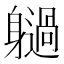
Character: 𨊐